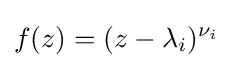
f(z)=(z-\lambda _{i})^{\nu _{i}}